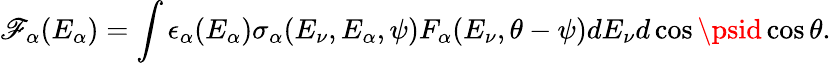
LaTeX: \mathscr{F}_{\alpha}(E_{\alpha})=\int\epsilon_{\alpha}(E_{\alpha})\sigma_{\alpha}(E_{\nu},E_{\alpha},\psi)F_{\alpha}(E_{\nu},\theta-\psi)dE_{\nu}d\cos\psid\cos\theta.